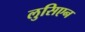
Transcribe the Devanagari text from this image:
लुसिएन